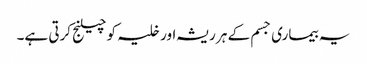
یہ بیماری جسم کے ہر ریشہ اور خلیہ کو چیلنج کرتی ہے۔